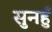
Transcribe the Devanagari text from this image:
सुनहुँ